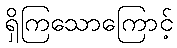
ရှိကြသောကြောင့်